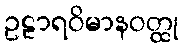
ဥဠာရဝိမာနဝတ္ထု